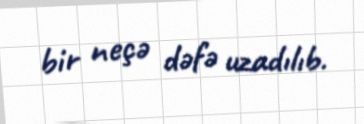
bir neçə dəfə uzadılıb.